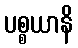
ပစ္စယာနိ